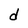
Character: d